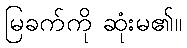
မြခက်ကို ဆုံးမ၏။